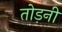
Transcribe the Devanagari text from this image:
तोड़नी